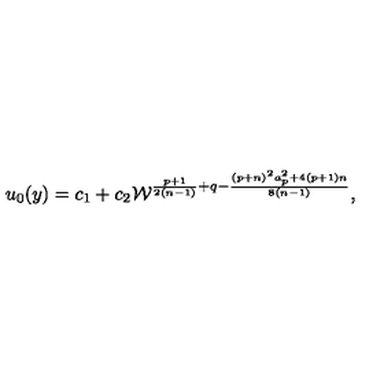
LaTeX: u _ { 0 } ( y ) = c _ { 1 } + c _ { 2 } { \cal W } ^ { { \frac { p + 1 } { 2 ( n - 1 ) } } + q - { \frac { ( p + n ) ^ { 2 } a _ { p } ^ { 2 } + 4 ( p + 1 ) n } { 8 ( n - 1 ) } } } ,